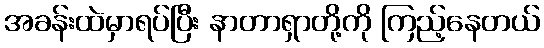
အခန်းထဲမှာရပ်ပြီး နာတာရှာတို့ကို ကြည့်နေတယ်